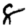
Digit: 8